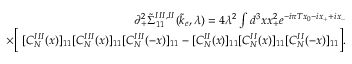
\begin{array} { r l r } & { } & { \partial _ { + } ^ { 2 } \tilde { \Sigma } _ { 1 1 } ^ { I I I , I I } ( \tilde { k } _ { e } , \lambda ) = 4 \lambda ^ { 2 } \int d ^ { 3 } x x _ { + } ^ { 2 } e ^ { - i \pi T x _ { 0 } - i x _ { + } + i x _ { - } } } \\ & { } & { \quad \quad \times \Big [ \ [ C _ { N } ^ { I I I } ( x ) ] _ { 1 1 } [ C _ { N } ^ { I I I } ( x ) ] _ { 1 1 } [ C _ { N } ^ { I I I } ( - x ) ] _ { 1 1 } - [ C _ { N } ^ { I I } ( x ) ] _ { 1 1 } [ C _ { N } ^ { I I } ( x ) ] _ { 1 1 } [ C _ { N } ^ { I I } ( - x ) ] _ { 1 1 } \Big ] . } \end{array}